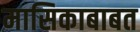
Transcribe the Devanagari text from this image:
मासिकाबाबत